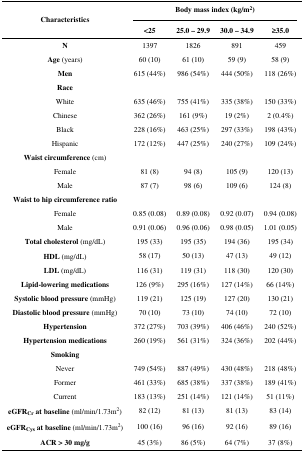
<table><thead><tr><td rowspan="3"><b>Characteristics</b></td><td colspan="4"><b>Body mass index (kg/m<sup>2</sup>)</b></td></tr><tr><td><b>&lt;25</b></td><td><b>25.0 – 29.9</b></td><td><b>30.0 – 34.9</b></td><td><b>≥35.0</b></td></tr></thead><tbody><tr><td><b>N</b></td><td>1397</td><td>1826</td><td>891</td><td>459</td></tr><tr><td><b>Age</b> (years)</td><td>60 (10)</td><td>61 (10)</td><td>59 (9)</td><td>58 (9)</td></tr><tr><td><b>Men</b></td><td>615 (44%)</td><td>986 (54%)</td><td>444 (50%)</td><td>118 (26%)</td></tr><tr><td><b>Race</b></td><td></td><td></td><td></td><td></td></tr><tr><td>White</td><td>635 (46%)</td><td>755 (41%)</td><td>335 (38%)</td><td>150 (33%)</td></tr><tr><td>Chinese</td><td>362 (26%)</td><td>161 (9%)</td><td>19 (2%)</td><td>2 (0.4%)</td></tr><tr><td>Black</td><td>228 (16%)</td><td>463 (25%)</td><td>297 (33%)</td><td>198 (43%)</td></tr><tr><td>Hispanic</td><td>172 (12%)</td><td>447 (25%)</td><td>240 (27%)</td><td>109 (24%)</td></tr><tr><td><b>Waist circumference</b> (cm)</td><td></td><td></td><td></td><td></td></tr><tr><td>Female</td><td>81 (8)</td><td>94 (8)</td><td>105 (9)</td><td>120 (13)</td></tr><tr><td>Male</td><td>87 (7)</td><td>98 (6)</td><td>109 (6)</td><td>124 (8)</td></tr><tr><td><b>Waist to hip circumference ratio</b></td><td></td><td></td><td></td><td></td></tr><tr><td>Female</td><td>0.85 (0.08)</td><td>0.89 (0.08)</td><td>0.92 (0.07)</td><td>0.94 (0.08)</td></tr><tr><td>Male</td><td>0.91 (0.06)</td><td>0.96 (0.06)</td><td>0.98 (0.05)</td><td>1.01 (0.05)</td></tr><tr><td><b>Total cholesterol</b> (mg/dL)</td><td>195 (33)</td><td>195 (35)</td><td>194 (36)</td><td>195 (34)</td></tr><tr><td><b>HDL</b> (mg/dL)</td><td>58 (17)</td><td>50 (13)</td><td>47 (13)</td><td>49 (12)</td></tr><tr><td><b>LDL</b> (mg/dL)</td><td>116 (31)</td><td>119 (31)</td><td>118 (30)</td><td>120 (30)</td></tr><tr><td><b>Lipid-lowering medications</b></td><td>126 (9%)</td><td>295 (16%)</td><td>127 (14%)</td><td>66 (14%)</td></tr><tr><td><b>Systolic blood pressure</b> (mmHg)</td><td>119 (21)</td><td>125 (19)</td><td>127 (20)</td><td>130 (21)</td></tr><tr><td><b>Diastolic blood pressure</b> (mmHg)</td><td>70 (10)</td><td>73 (10)</td><td>74 (10)</td><td>72 (10)</td></tr><tr><td><b>Hypertension</b></td><td>372 (27%)</td><td>703 (39%)</td><td>406 (46%)</td><td>240 (52%)</td></tr><tr><td><b>Hypertension medications</b></td><td>260 (19%)</td><td>561 (31%)</td><td>324 (36%)</td><td>202 (44%)</td></tr><tr><td><b>Smoking</b></td><td></td><td></td><td></td><td></td></tr><tr><td>Never</td><td>749 (54%)</td><td>887 (49%)</td><td>430 (48%)</td><td>218 (48%)</td></tr><tr><td>Former</td><td>461 (33%)</td><td>685 (38%)</td><td>337 (38%)</td><td>189 (41%)</td></tr><tr><td>Current</td><td>183 (13%)</td><td>251 (14%)</td><td>121 (14%)</td><td>51 (11%)</td></tr><tr><td><b>eGFR<sub>Cr</sub> at baseline</b> (ml/min/1.73m<sup>2</sup>)</td><td>82 (12)</td><td>81 (13)</td><td>81 (13)</td><td>83 (14)</td></tr><tr><td><b>eGFR<sub>Cys</sub> at baseline</b> (ml/min/1.73m<sup>2</sup>)</td><td>100 (16)</td><td>96 (16)</td><td>92 (16)</td><td>89 (16)</td></tr><tr><td><b>ACR &gt; 30 mg/g</b></td><td>45 (3%)</td><td>86 (5%)</td><td>64 (7%)</td><td>37 (8%)</td></tr></tbody></table>